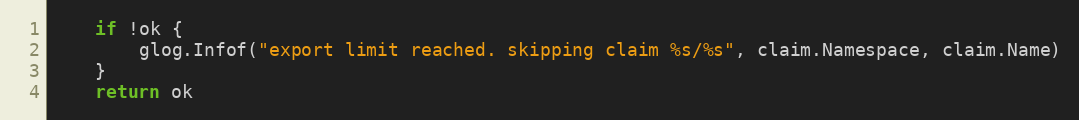
Language: Go
	if !ok {
		glog.Infof("export limit reached. skipping claim %s/%s", claim.Namespace, claim.Name)
	}
	return ok